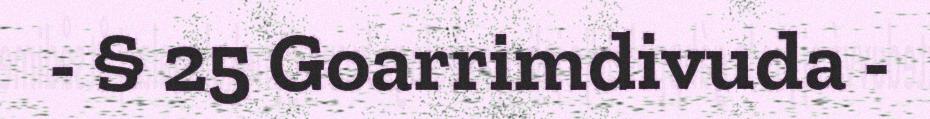
- § 25 Goarrimdivuda -